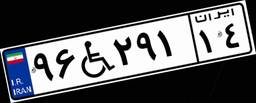
۴۹W۱۹۸۴۲